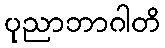
ပုညာဘာဂါတိ